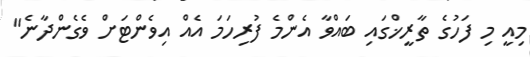
މިއީ މި ފަހުގެ ތާރީޚްގައި ބައްވާ އެންމެ ފުރިހަމަ އެއް އިވެންޓަށް ވެގެންދާނެ"